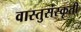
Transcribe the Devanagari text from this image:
वास्तुसंस्कृती